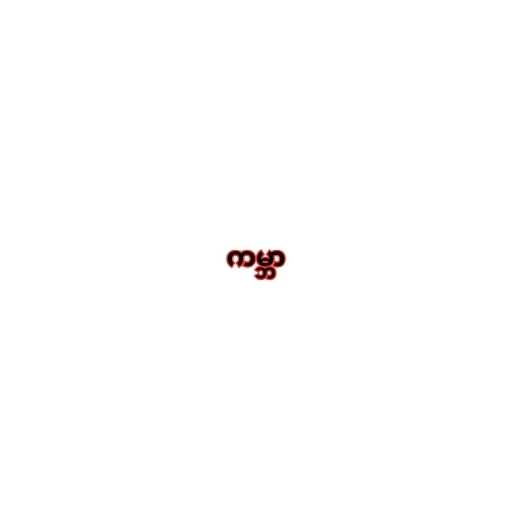
ကမ္ဘာ